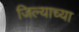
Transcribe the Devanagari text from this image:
जिल्याच्या